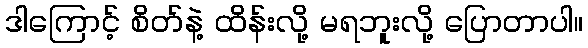
ဒါကြောင့် စိတ်နဲ့ ထိန်းလို့ မရဘူးလို့ ပြောတာပါ။